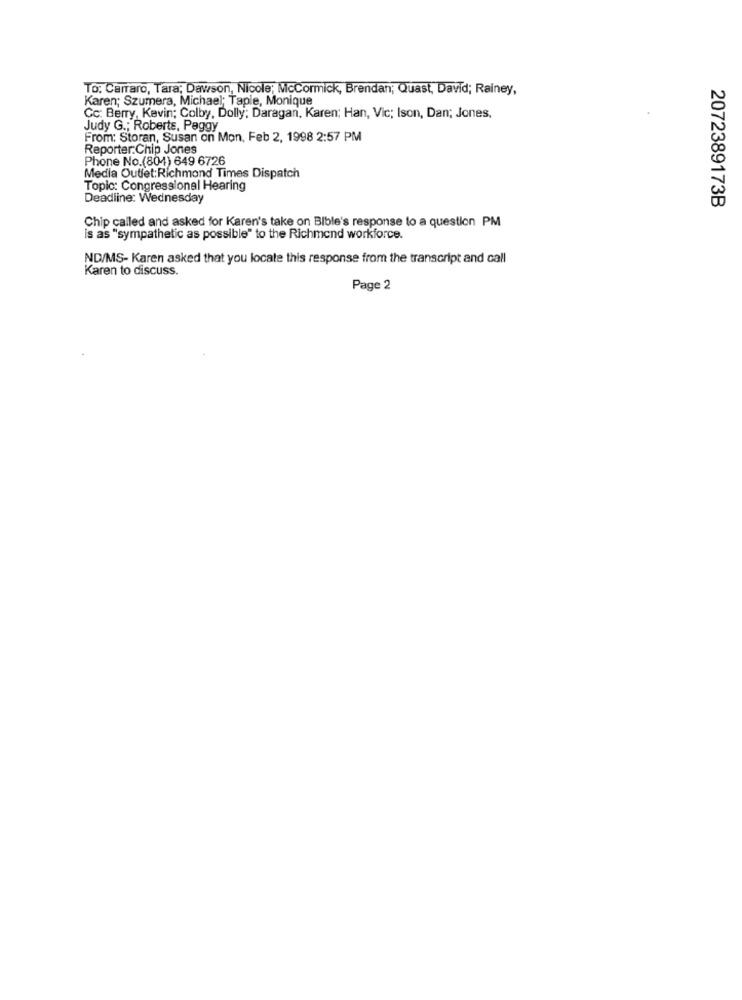
TO: Carraro, Tara; Dawson, Nicole; McCormick, Brendan; Quast, David; Rainey,
Karen; Szumera, Michael; Taple, Monique
Cc: Berry, Kevin; Colby, Dolly; Daragan, Karen; Han, Vic; Ison, Dan; Jones,
Judy G .; Roberts, Peggy
From: Storan, Susan on Mon, Feb 2, 1998 2:57 PM
Reporter:Chip Jones
Phone No.(804) 649 6726
Media Outlet:Richmond Times Dispatch
Topic: Congressional Hearing
Deadline: Wednesday
2072389173B
Chip called and asked for Karen's take on Bible's response to a question PM
is as "sympathetic as possible" to the Richmond workforce.
ND/MS- Karen asked that you locate this response from the transcript and call
Karen to discuss.
Page 2